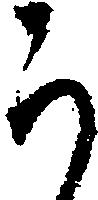
う